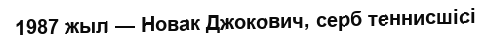
1987 жыл — Новак Джокович, серб теннисшісі